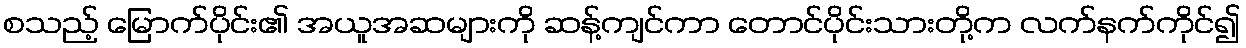
စသည့် မြောက်ပိုင်း၏ အယူအဆများကို ဆန့်ကျင်ကာ တောင်ပိုင်းသားတို့က လက်နက်ကိုင်၍